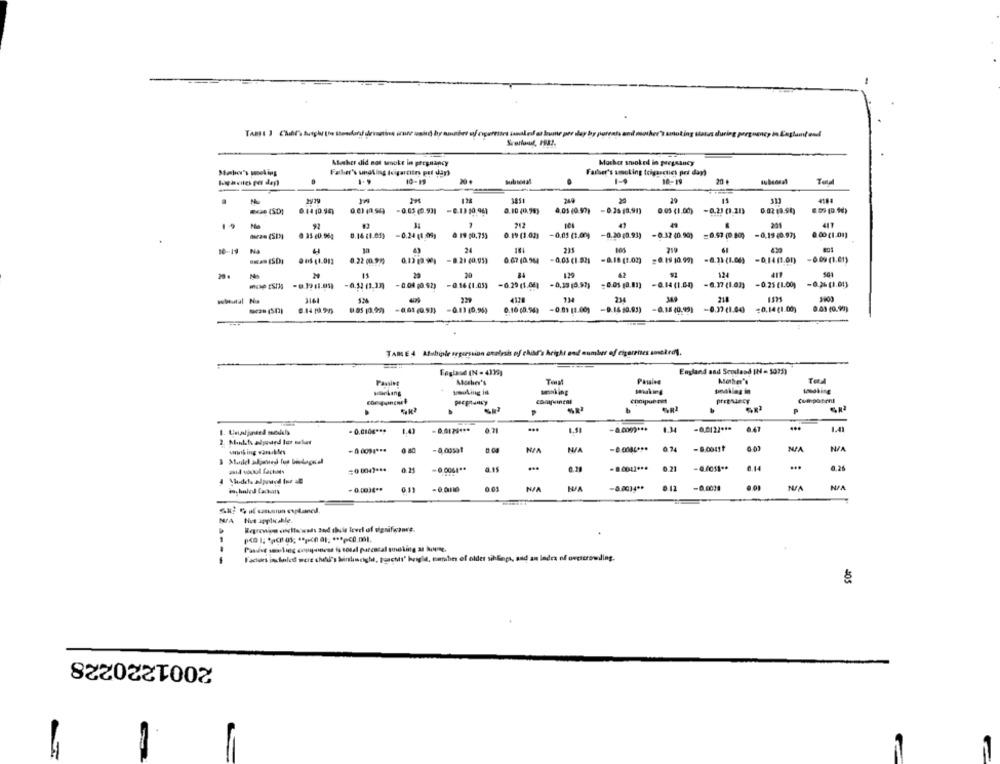
Mother smoked in pregnancy
Adaher did not tenoke in pregnancy
Mahe's smoking
Faber's undling (cigarcite pef dup)
Father's smoking (rigasctics pri day
10-19
10-19
20
128
1851
20
.
6.14 (0.95)
0.03 (0.54)
-0.13 10.961
0.10 (0.78)
4.05 (0.90)
- 0.35 (8,91)
0.03 (1,00)
-0.23 (1.21)
0.02:18.94)
92
212
417
0.16 (1.65}
-0.24 (1,05)
0 19 $0,753
0.19 (1.02)
-0,05 (1.00)
-0.20 (0.93)
-0.32 (0.90)
=0.53 (0.800
-0.19 40.97)
0.00 (1-01)
NA
24
215
219
9 815 (1.012
0 22 (0.97)
0,13 13 9)
-8.21 40.953
0.67 (0.964
-0,03 €1.92)
-8.18 (1.00)
=0.19 10.99)
-6.33 (1.00)
-0.14 (1.00)
-6 09 (1.61)
20
129
124
-0.14 (1.00)
-0.26 [1.01)
-0.04 (0.92)
-0.16 [1.053
-0.29 (1.04]
-0,19 (3.57)
=0.05 (0.81)
-0.25 (1.00)
1.24
4374
234
218
-0.13 (0.96)
0.16 (0.94)
-0.09 (1.00)
-9.16 19.95)
-0.18 (0,99)
-0.37 (1.00
=0.14 (1.00)
0.01 (0.999)
TAME 4 Atabiple segsession analysis of chad's bright and number of cigarettes snekrol.
---
England and Semdasd IN = 1032)
Mother's
Passive
Mother's
TaA
waking
undklag in
pecantaney
convinta
P
- 8 00g) ***
4.34
-0.0122 ***
6.47
...
1.41
- 0.010€ ***
1.43
2. Mankits alpourd for sellar
working warables
-0,00501
NZA
0.74
6.0
NUA
-0.0061 **
...
-8.0022 ***
0.21
-4.4011 **
8.14
...
0,26
=0 .0047 ***
0.25
a.Is
+ 0,0038 **
-0.016
0.01
NJA
-0.0034 **
0.12 -0.0014
Hus applicable.
Regrewion osclte wads zad this level of vigsifesare.
Factors inhaled were chell's Saintweigh, toachts" hangle, tombes of older sihkapı, sad an Index of overcrowding.
2001220228
=